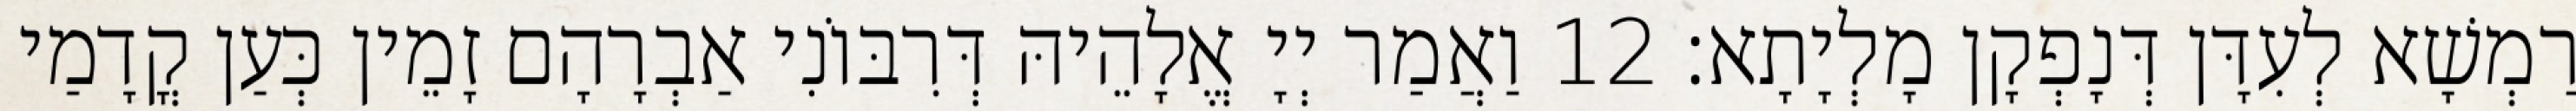
רַמְשָׁא לְעִדָּן דְּנָפְקָן מָלְיָתָא׃ 12 וַאֲמַר יְיָ אֱלָהֵיהּ דְּרִבּוֹנִי אַבְרָהָם זָמֵין כְּעַן קֳדָמַי